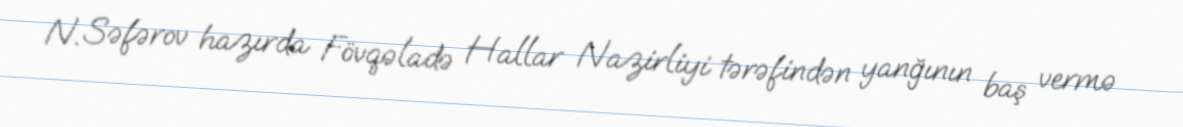
N. Səfərov hazırda Fövqəladə Hallar Nazirliyi tərəfindən yanğının baş vermə